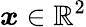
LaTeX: \boldsymbol{x}\in\mathbb{R}^{2}